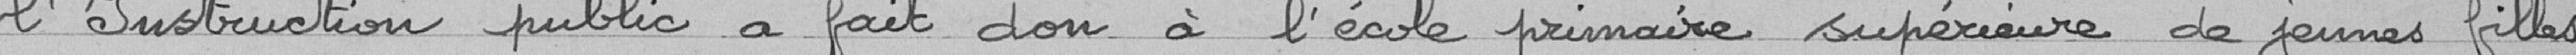
l'Instruction public a fait don à l'école primaire supérieure de jeunes filles